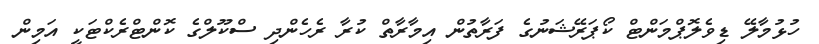
ހުޅުމާލޭ ޑިވެލޮޕްމަންޓް ކޯޕަރޭޝަނުގެ ފަރާތުން އިމާރާތް ކުރާ ރެހެންދި ސްކޫލްގެ ކޮންޓްރެކްޓަކީ އަމިން